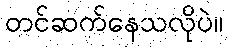
တင်ဆက်နေသလိုပဲ။